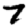
Digit: 7